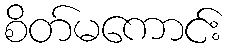
စိတ်မကောင်း